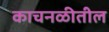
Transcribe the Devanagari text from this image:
काचनळीतील